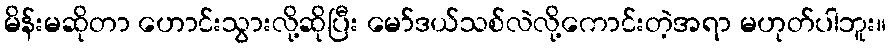
မိန်းမဆိုတာ ဟောင်းသွားလို့ဆိုပြီး မော်ဒယ်သစ်လဲလို့ကောင်းတဲ့အရာ မဟုတ်ပါဘူး။